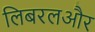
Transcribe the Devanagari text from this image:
लिबरलऔर